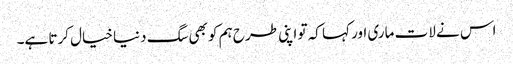
اس نے لات ماری اور کہا کہ تو اپنی طرح ہم کو بھی سگ دنیا خیال کرتا ہے۔